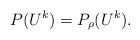
LaTeX: \begin{align*} P(U^k)=P_\rho(U^k) . \end{align*}